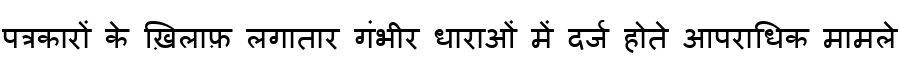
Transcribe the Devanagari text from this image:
पत्रकारों के ख़िलाफ़ लगातार गंभीर धाराओं में दर्ज होते आपराधिक मामले